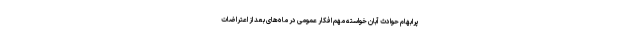
پر‌ابهام حوادث آبان خواسته مهم افکار عمومی در ماه‌های بعد از اعتراضات